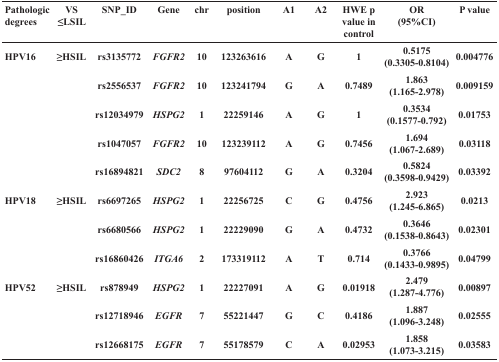
| Pathologic degrees | VS ≤LSIL | SNP_ID | Gene | chr | position | A1 | A2 | HWE p value in control | OR (95%CI) | P value |
 | --- | --- | --- | --- | --- | --- | --- | --- | --- | --- | --- |
 | <ROWSPAN=5> HPV16 | <ROWSPAN=5> ≥HSIL | rs3135772 | FGFR2 | 10 | 123263616 | A | G | 1 | 0.5175 (0.3305-0.8104) | 0.004776 |
 | rs2556537 | FGFR2 | 10 | 123241794 | G | A | 0.7489 | 1.863 (1.165-2.978) | 0.009159 |
 | rs12034979 | HSPG2 | 1 | 22259146 | A | G | 1 | 0.3534 (0.1577-0.792) | 0.01753 |
 | rs1047057 | FGFR2 | 10 | 123239112 | A | G | 0.7456 | 1.694 (1.067-2.689) | 0.03118 |
 | rs16894821 | SDC2 | 8 | 97604112 | G | A | 0.3204 | 0.5824 (0.3598-0.9429) | 0.03392 |
 | <ROWSPAN=3> HPV18 | <ROWSPAN=3> ≥HSIL | rs6697265 | HSPG2 | 1 | 22256725 | C | G | 0.4756 | 2.923 (1.245-6.865) | 0.0213 |
 | rs6680566 | HSPG2 | 1 | 22229090 | G | A | 0.4732 | 0.3646 (0.1538-0.8643) | 0.02301 |
 | rs16860426 | ITGA6 | 2 | 173319112 | A | T | 0.714 | 0.3766 (0.1433-0.9895) | 0.04799 |
 | <ROWSPAN=3> HPV52 | <ROWSPAN=3> ≥HSIL | rs878949 | HSPG2 | 1 | 22227091 | A | G | 0.01918 | 2.479 (1.287-4.776) | 0.00897 |
 | rs12718946 | EGFR | 7 | 55221447 | G | C | 0.4186 | 1.887 (1.096-3.248) | 0.02555 |
 | rs12668175 | EGFR | 7 | 55178579 | C | A | 0.02953 | 1.858 (1.073-3.215) | 0.03583 |